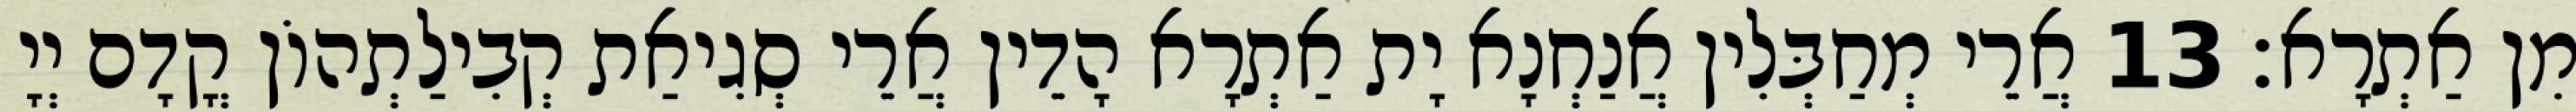
מִן אַתְרָא׃ 13 אֲרֵי מְחַבְּלִין אֲנַחְנָא יָת אַתְרָא הָדֵין אֲרֵי סְגִיאַת קְבִילַתְהוֹן קֳדָם יְיָ